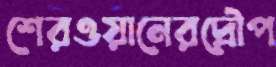
শেরওয়ানেরদ্রৌপ